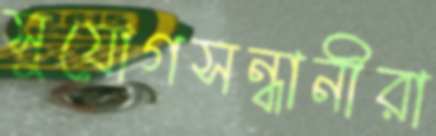
সুযোগসন্ধানীরা